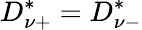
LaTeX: D_{\nu+}^{*}=D_{\nu-}^{*}